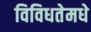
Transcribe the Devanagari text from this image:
विविधतेमधे